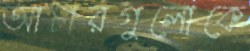
আচারগুলোকে